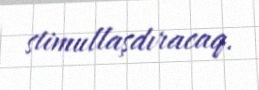
stimullaşdıracaq.